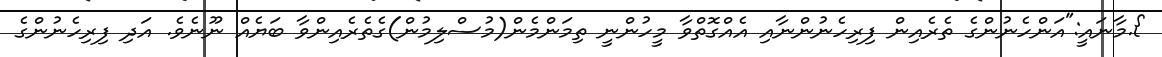
}.މާނައީ:"އަންހެނުންގެ ތެރެއިން ފިރިހެނުންނާއި އެއްގޮތްވާ މީހުންނީ ތިމަންމެން(މުސްލިމުން)ގެތެރެއިންވާ ބަޔެއް ނޫނެވެ. އަދި ފިރިހެނުންގެ